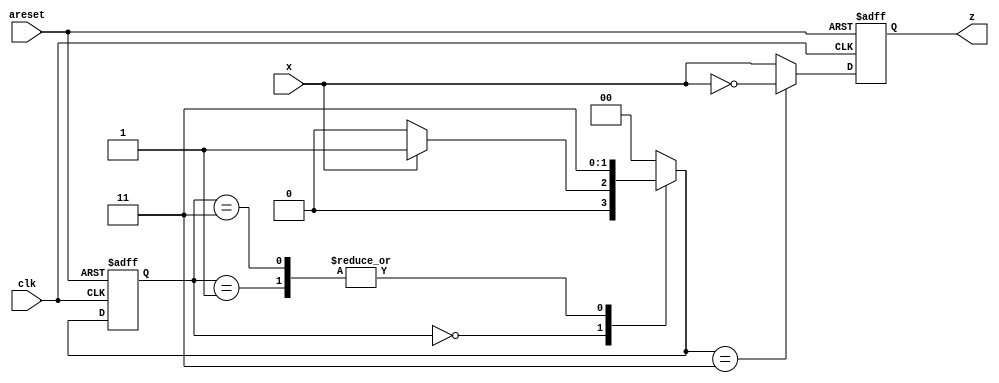
module top_module (
    input clk,
    input areset,
    input x,
    output z
); 

    parameter s0=2'b00,s1=2'b01,s2=2'b11;
    // s0: all inputs are 0 from beginning to this cycle;
    // s1: get the first "1" from beginning to this cycle;
    // s2: already get the first "1".
    reg [1:0] current_state, next_state;
    always @(*) begin
        case (current_state)
            s0: next_state = x?s1:s0;
            s1: next_state = s2;
            s2: next_state = s2;
            default: next_state = s0;
        endcase
    end
    always @(posedge clk or posedge areset) begin
        if (areset)
            current_state <= s0;
        else 
            current_state <= next_state;
    end
    always @(posedge clk or posedge areset) begin
        if (areset)
            z <= 1'b0;
        else begin
            if (next_state==s2)
                z <= ~x;
            else 
                z <= x;
        end
    end
    
endmodule